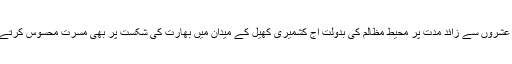
سات عشروں سے زائد مدت پر محیط مظالم کی بدولت آج کشمیری کھیل کے میدان میں بھارت کی شکست پر بھی مسرت محسوس کرتے ہیں ۔